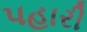
પહારી